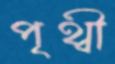
পৃথ্বী